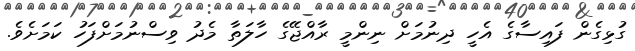
ގުޅިގެން ފައިސާގެ އެހީ ދިނުމަށް ނިންމީ ރާއްޖޭގެ ހާލަތާ މެދު ވިސްނުމަށްފަހު ކަމަށެވެ.